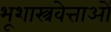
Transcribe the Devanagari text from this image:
भूशास्त्रवेत्ताओं